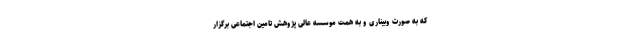
که به صورت وبیناری و به همت موسسه عالی پژوهش تامین اجتماعی برگزار